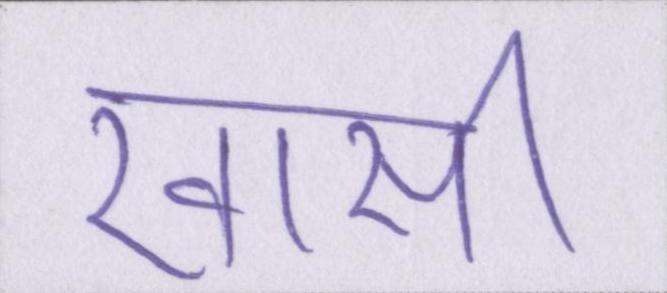
खासी